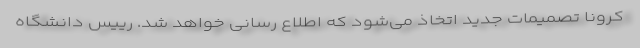
کرونا تصمیمات جدید اتخاذ می‌شود که اطلاع رسانی خواهد شد. رییس دانشگاه